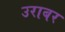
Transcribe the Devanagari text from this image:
उराबर